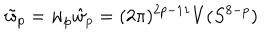
LaTeX: \tilde { w } _ { p } = w _ { p } \hat { w } _ { p } = ( 2 \pi ) ^ { 2 p - 1 1 } V ( S ^ { 8 - p } )